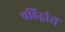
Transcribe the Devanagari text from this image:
बहिर्द्वारीं